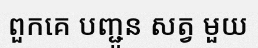
ពួកគេ បញ្ជូន សត្វ មួយ